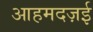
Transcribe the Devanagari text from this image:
आहमदज़ई